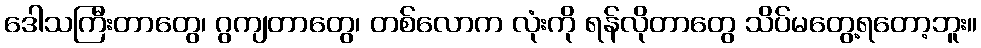
ဒေါသကြီးတာတွေ၊ ဂွကျတာတွေ၊ တစ်လောက လုံးကို ရန်လိုတာတွေ သိပ်မတွေ့ရတော့ဘူး။